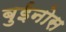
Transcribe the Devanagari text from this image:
बुईनोस